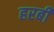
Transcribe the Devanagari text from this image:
हरबी